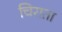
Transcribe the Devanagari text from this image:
चिराता